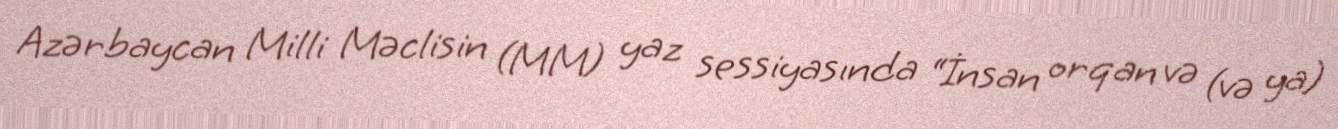
Azərbaycan Milli Məclisin (MM) yaz sessiyasında “İnsan orqan və (və ya)